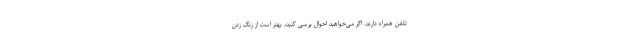
تلفن همراه دارند. اگر می‌خواهید احوال پرسی کنید، بهتر است از زنگ زدن